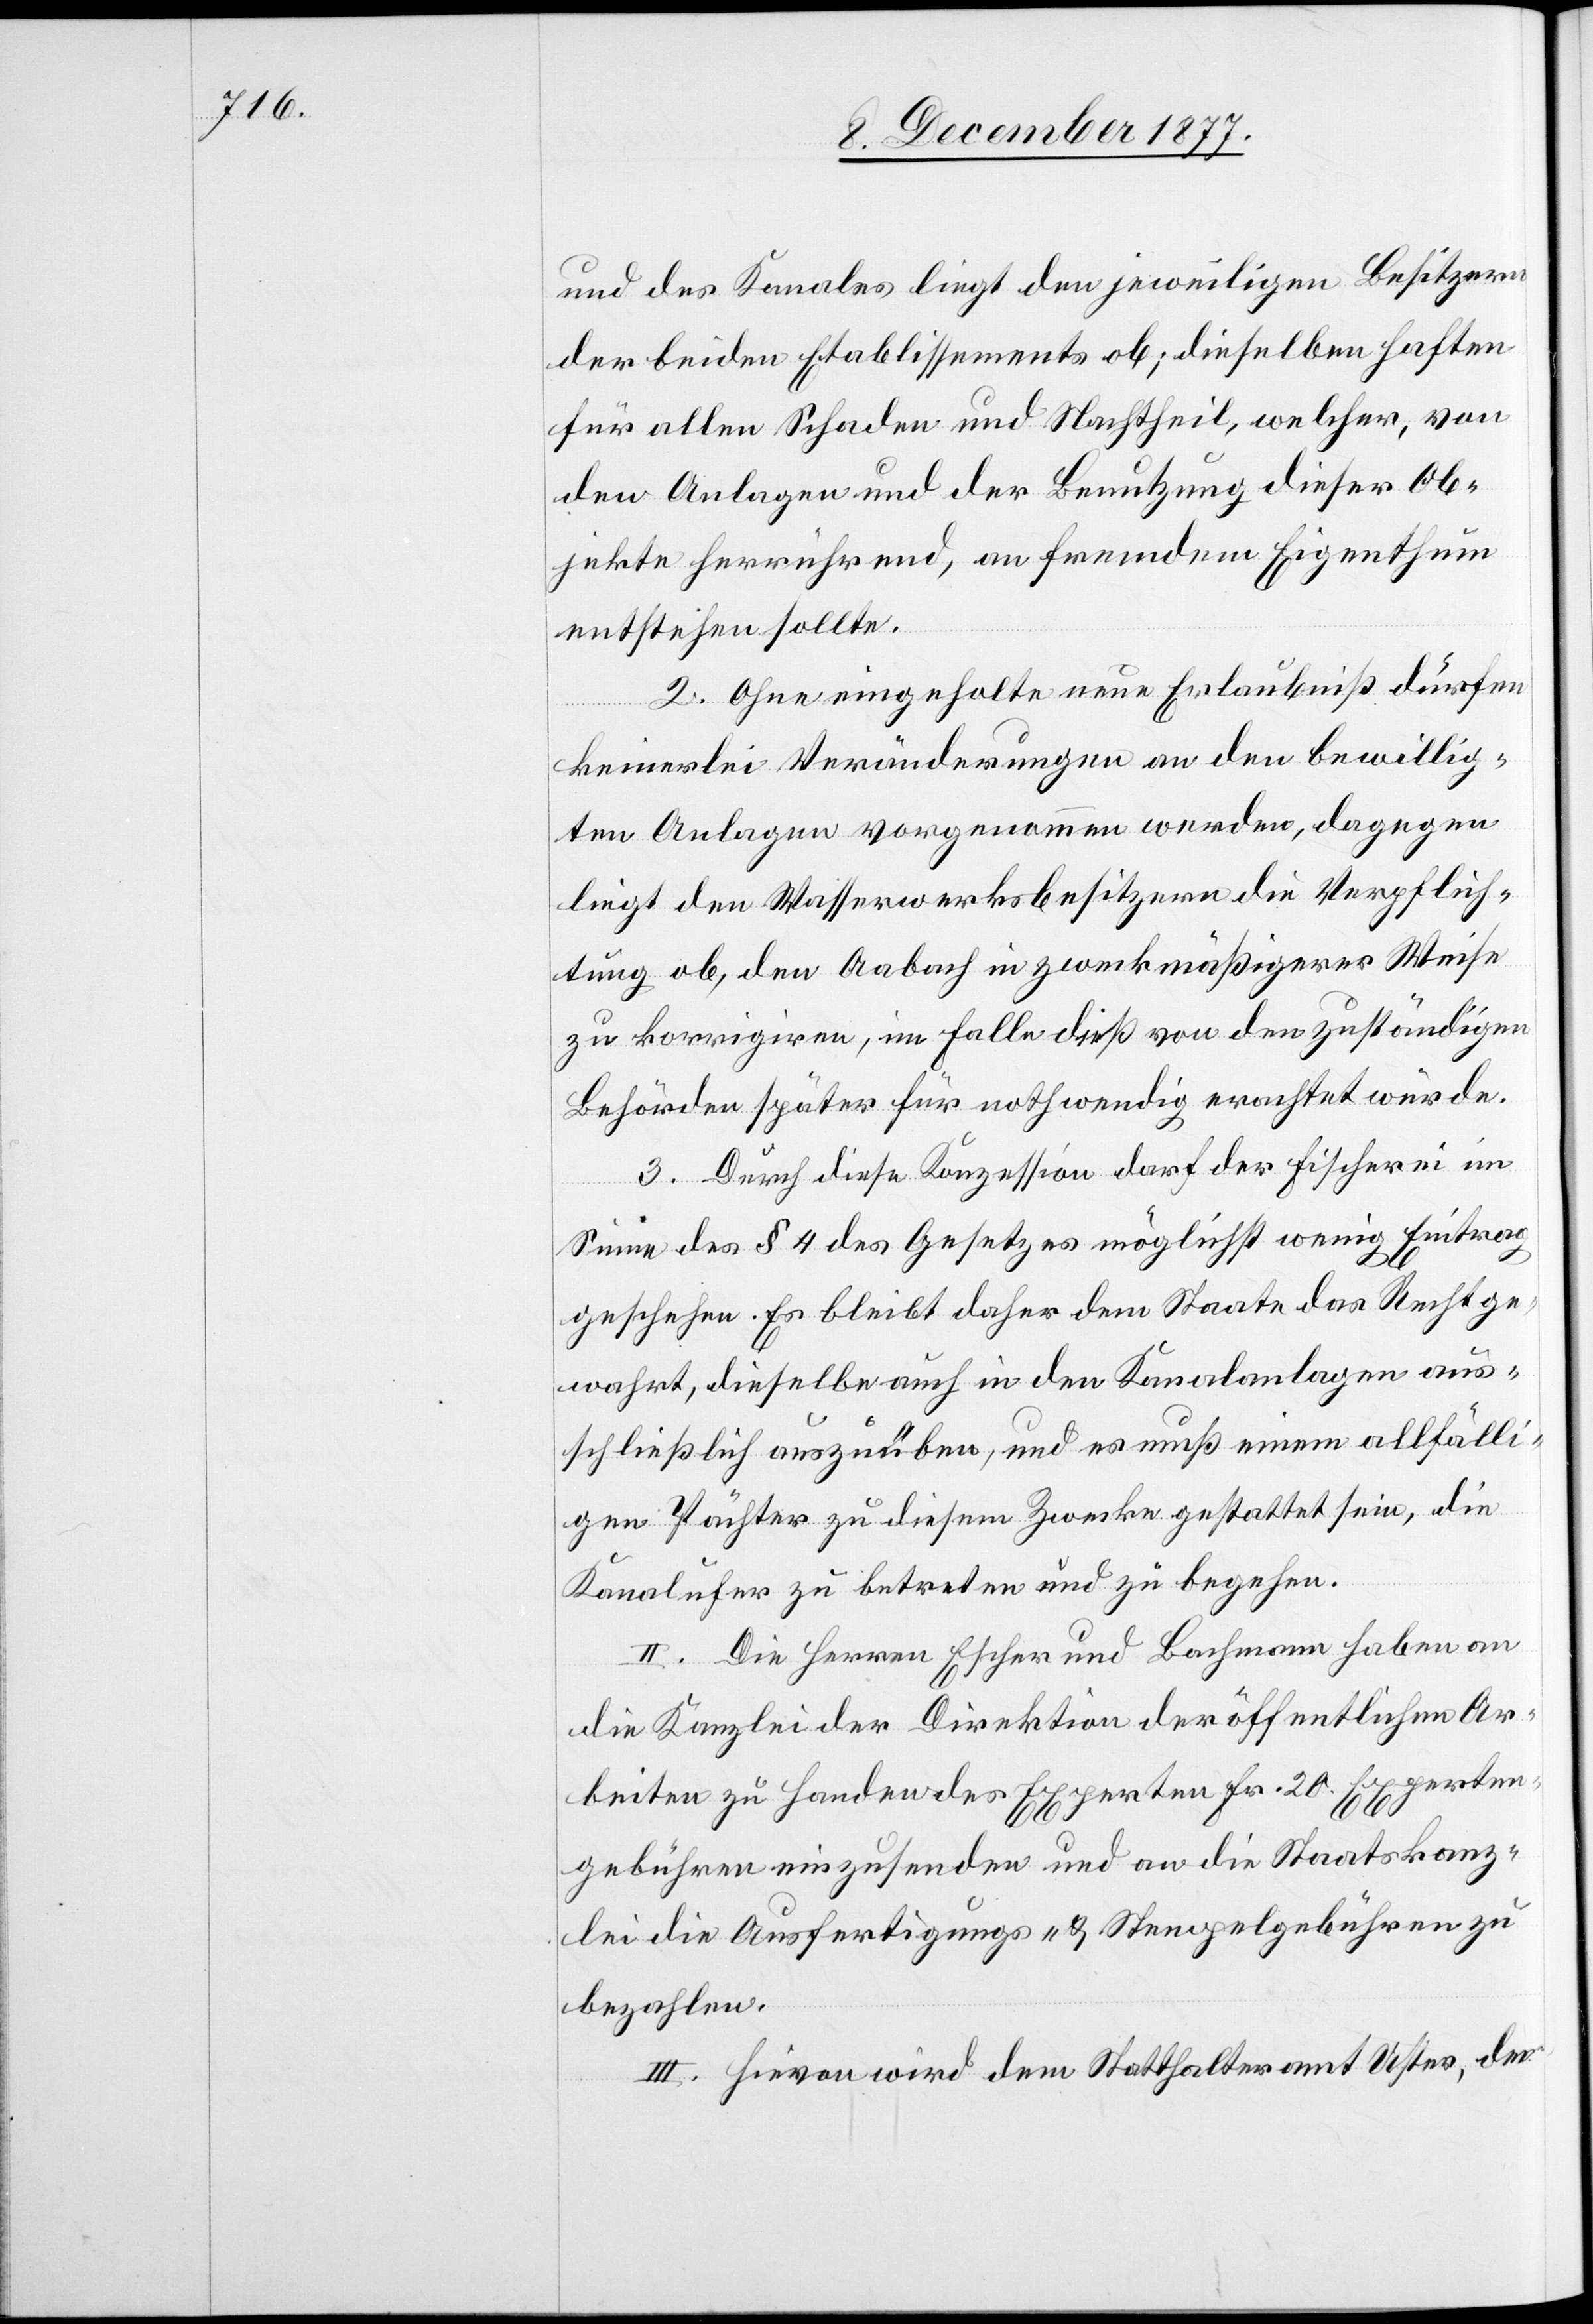
und des Kanales liegt den jeweiligen Besitzern
der beiden Etablissements ob; dieselben haften
für allen Schaden und Nachtheil, welcher, von
den Anlagen und der Benutzung dieser Ob¬
jekte herrührend, an fremdem Eigenthum
entstehen sollte.
2. Ohne eingeholte neue Erlaubniß dürfen
keinerlei Veränderungen an den bewillig¬
ten Anlagen vorgenommen werden, dagegen
liegt den Wasserwerksbesitzern die Verpflich¬
tung ob, den Aabach in zweckmäßigerer Weise
zu korrigiren, im Falle dieß von den zuständigen
Behörden später für nothwendig erachtet würde.
3. Durch diese Konzession darf der Fischerei im
Sinne des § 4 des Gesetzes möglichst wenig Eintrag
geschehen. Es bleibt daher dem Staate das Recht ge¬
wahrt, dieselbe auch in den Kanalanlagen aus¬
schließlich auszuüben, und es muß einem allfälli¬
gen Pächter zu diesem Zwecke gestattet sein, die
Kanalufer zu betreten und zu begehen.
II. Die Herren Escher und Bachmann haben an
die Kanzlei der Direktion der öffentlichen Ar¬
beiten zu Handen des Experten Fr. 20. Experten¬
gebühren einzusenden und an die Staatskanz¬
lei die Ausfertigungs- & Stempelgebühren zu
bezahlen.
III. Hievon wird dem Statthalteramt Uster, den